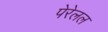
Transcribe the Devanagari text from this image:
पेरेलल